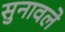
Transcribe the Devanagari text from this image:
सुनावले